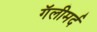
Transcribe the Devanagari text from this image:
गॅलीमर्द